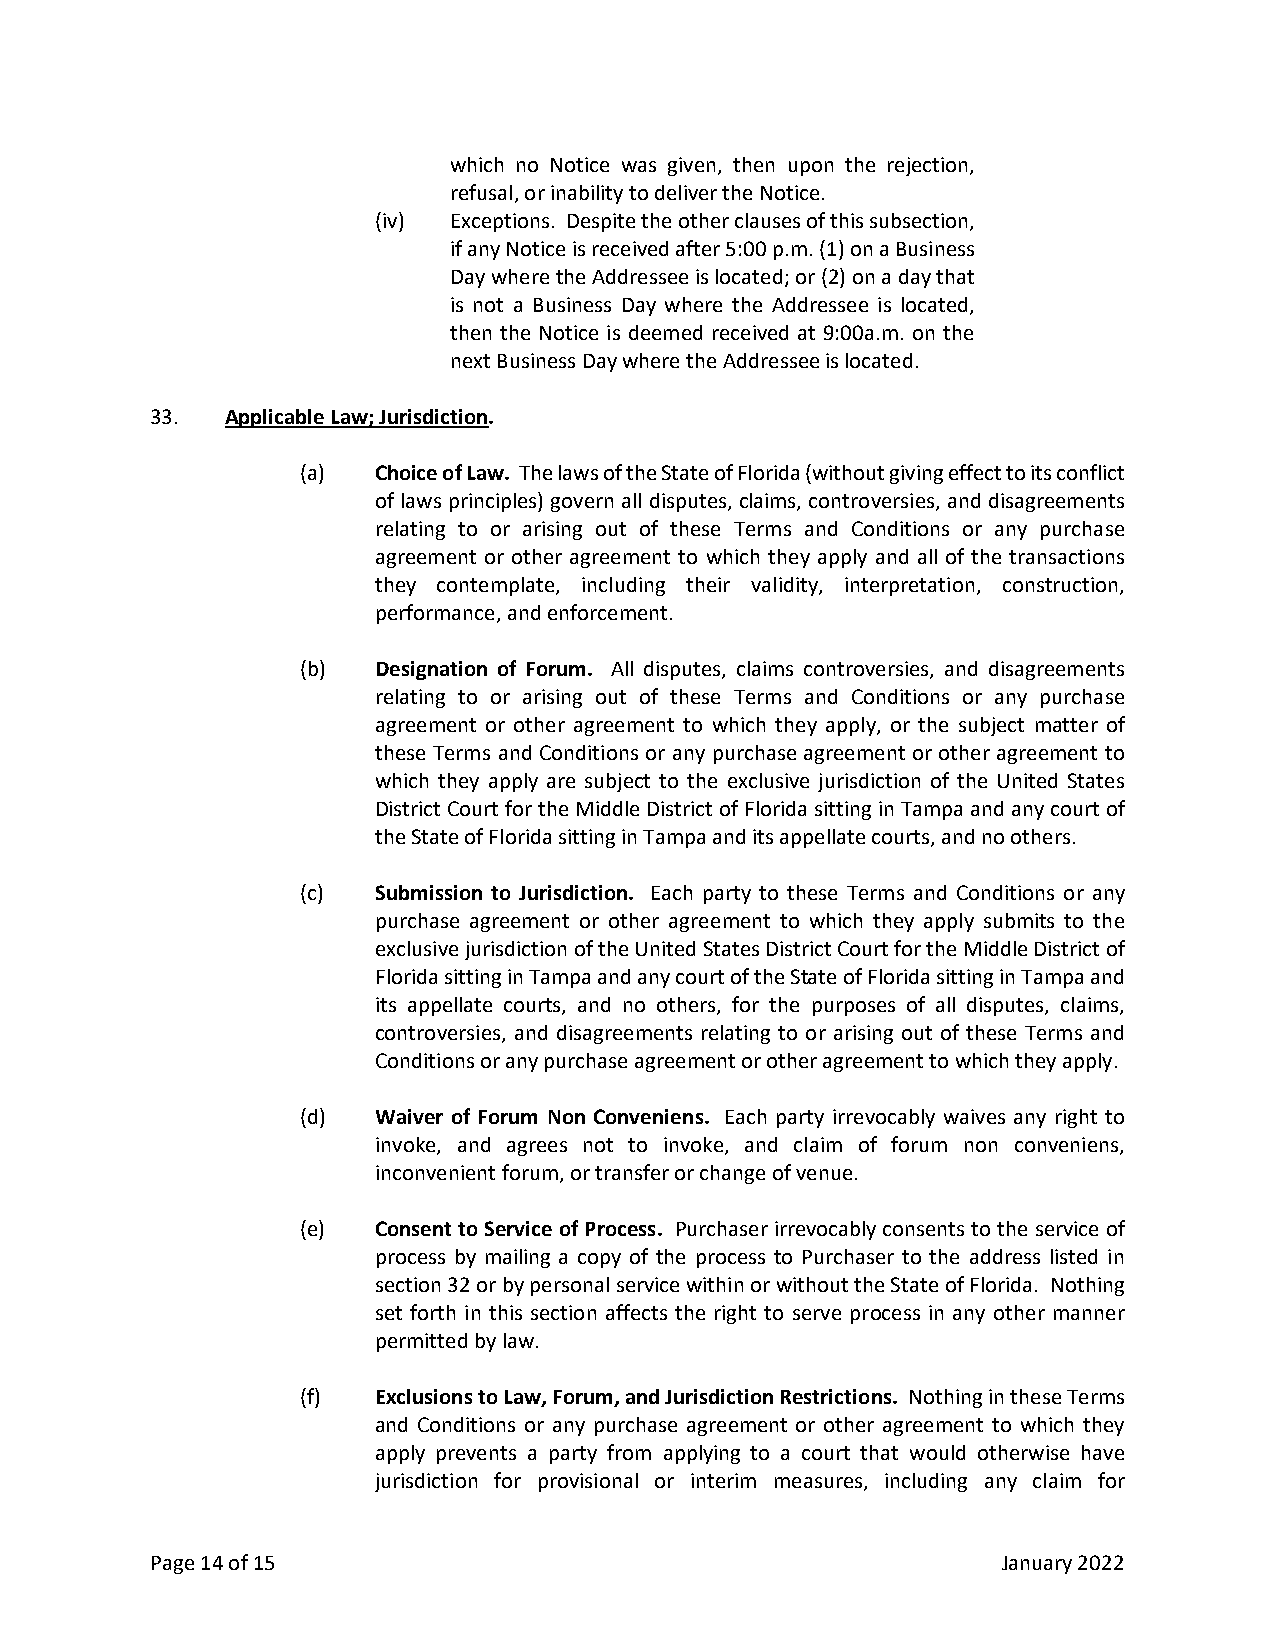
which no Notice was given, then upon the rejection,
 refusal, or inability to deliver the Notice.
 (iv) Exceptions. Despite the other clauses of this subsection,
 if any Notice is received after 5:00 p.m. (1) on a Business
 Day where the Addressee is located; or (2) on a day that
 is not a Business Day where the Addressee is located,
 then the Notice is deemed received at 9:00a.m. on the
 next Business Day where the Addressee is located.
 33.  Applicable Law; Jurisdiction.
 (a)  Choice of Law. The laws of the State of Florida (without giving effect to its conflict
 of laws principles) govern all disputes, claims, controversies, and disagreements
 relating to or arising out of these Terms and Conditions or any purchase
 agreement or other agreement to which they apply and all of the transactions
 they contemplate, including their validity, interpretation, construction,
 performance, and enforcement.
 (b)  Designation of Forum. All disputes, claims controversies, and disagreements
 relating to or arising out of these Terms and Conditions or any purchase
 agreement or other agreement to which they apply, or the subject matter of
 these Terms and Conditions or any purchase agreement or other agreement to
 which they apply are subject to the exclusive jurisdiction of the United States
 District Court for the Middle District of Florida sitting in Tampa and any court of
 the State of Florida sitting in Tampa and its appellate courts, and no others.
 (c)  Submission to Jurisdiction. Each party to these Terms and Conditions or any
 purchase agreement or other agreement to which they apply submits to the
 exclusive jurisdiction of the United States District Court for the Middle District of
 Florida sitting in Tampa and any court of the State of Florida sitting in Tampa and
 its appellate courts, and no others, for the purposes of all disputes, claims,
 controversies, and disagreements relating to or arising out of these Terms and
 Conditions or any purchase agreement or other agreement to which they apply.
 (d)  Waiver of Forum Non Conveniens. Each party irrevocably waives any right to
 invoke, and agrees not to invoke, and claim of forum non conveniens,
 inconvenient forum, or transfer or change of venue.
 (e)  Consent to Service of Process. Purchaser irrevocably consents to the service of
 process by mailing a copy of the process to Purchaser to the address listed in
 section 32 or by personal service within or without the State of Florida. Nothing
 set forth in this section affects the right to serve process in any other manner
 permitted by law.
 (f)  Exclusions to Law, Forum, and Jurisdiction Restrictions. Nothing in these Terms
 and Conditions or any purchase agreement or other agreement to which they
 apply prevents a party from applying to a court that would otherwise have
 jurisdiction for provisional or interim measures, including any claim for
 Page 14 of 15                                           January 2022